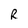
Character: R